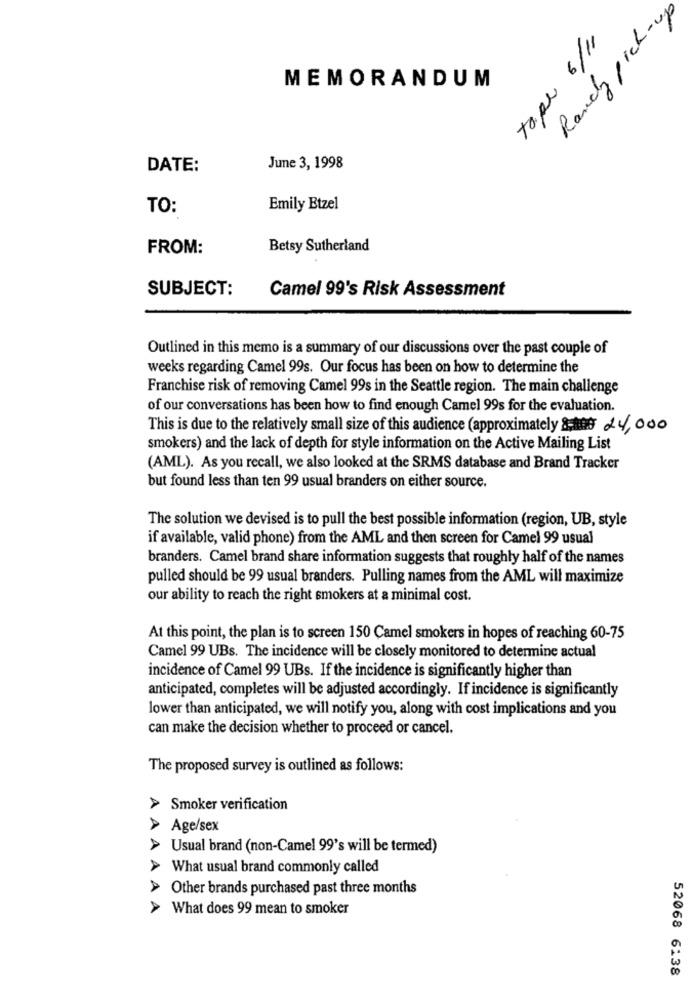
Randy pick-u
tape 6/11
MEMORANDUM
DATE:
June 3, 1998
TO:
Emily Btzel
FROM:
Betsy Sutherland
SUBJECT:
Camel 99's Risk Assessment
Outlined in this memo is a summary of our discussions over the past couple of
weeks regarding Camel 99s. Our focus has been on how to determine the
Franchise risk of removing Camel 99s in the Seattle region. The main challenge
of our conversations has been how to find enough Camel 99s for the evaluation.
This is due to the relatively small size of this audience (approximately :08 24,000
smokers) and the lack of depth for style information on the Active Mailing List
(AML). As you recall, we also looked at the SRMS database and Brand Tracker
but found less than ten 99 usual branders on either source.
The solution we devised is to pull the best possible information (region, UB, style
if available, valid phone) from the AML and then screen for Camel 99 usual
branders. Camel brand share information suggests that roughly half of the names
pulled should be 99 usual branders. Pulling names from the AML will maximize
our ability to reach the right smokers at a minimal cost.
At this point, the plan is to screen 150 Camel smokers in hopes of reaching 60-75
Camel 99 UBs. The incidence will be closely monitored to determine actual
incidence of Camel 99 UBs. If the incidence is significantly higher than
anticipated, completes will be adjusted accordingly. If incidence is significantly
lower than anticipated, we will notify you, along with cost implications and you
can make the decision whether to proceed or cancel.
The proposed survey is outlined as follows:
> Smoker verification
> Age/sex
> Usual brand (non-Camel 99's will be termed)
> What usual brand commonly called
> Other brands purchased past three months
> What does 99 mean to smoker
52068 6138